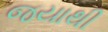
જયાથી